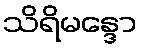
သိရိမန္ဒော